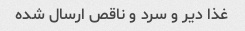
غذا دیر و سرد و ناقص ارسال شده